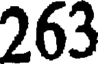
263